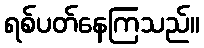
ရစ်ပတ်နေကြသည်။